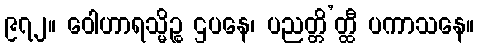
၉၇၂။ ဝေါဟာရသ္မိဉ္စ ဌပနေ၊ ပညတ္တိ’တ္ထီ ပကာသနေ။